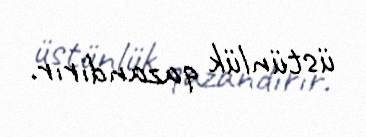
üstünlük qazandırır.